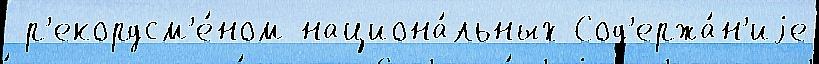
 р'екордсм'е́ном национа́льных Сод'ержа́н'иjе